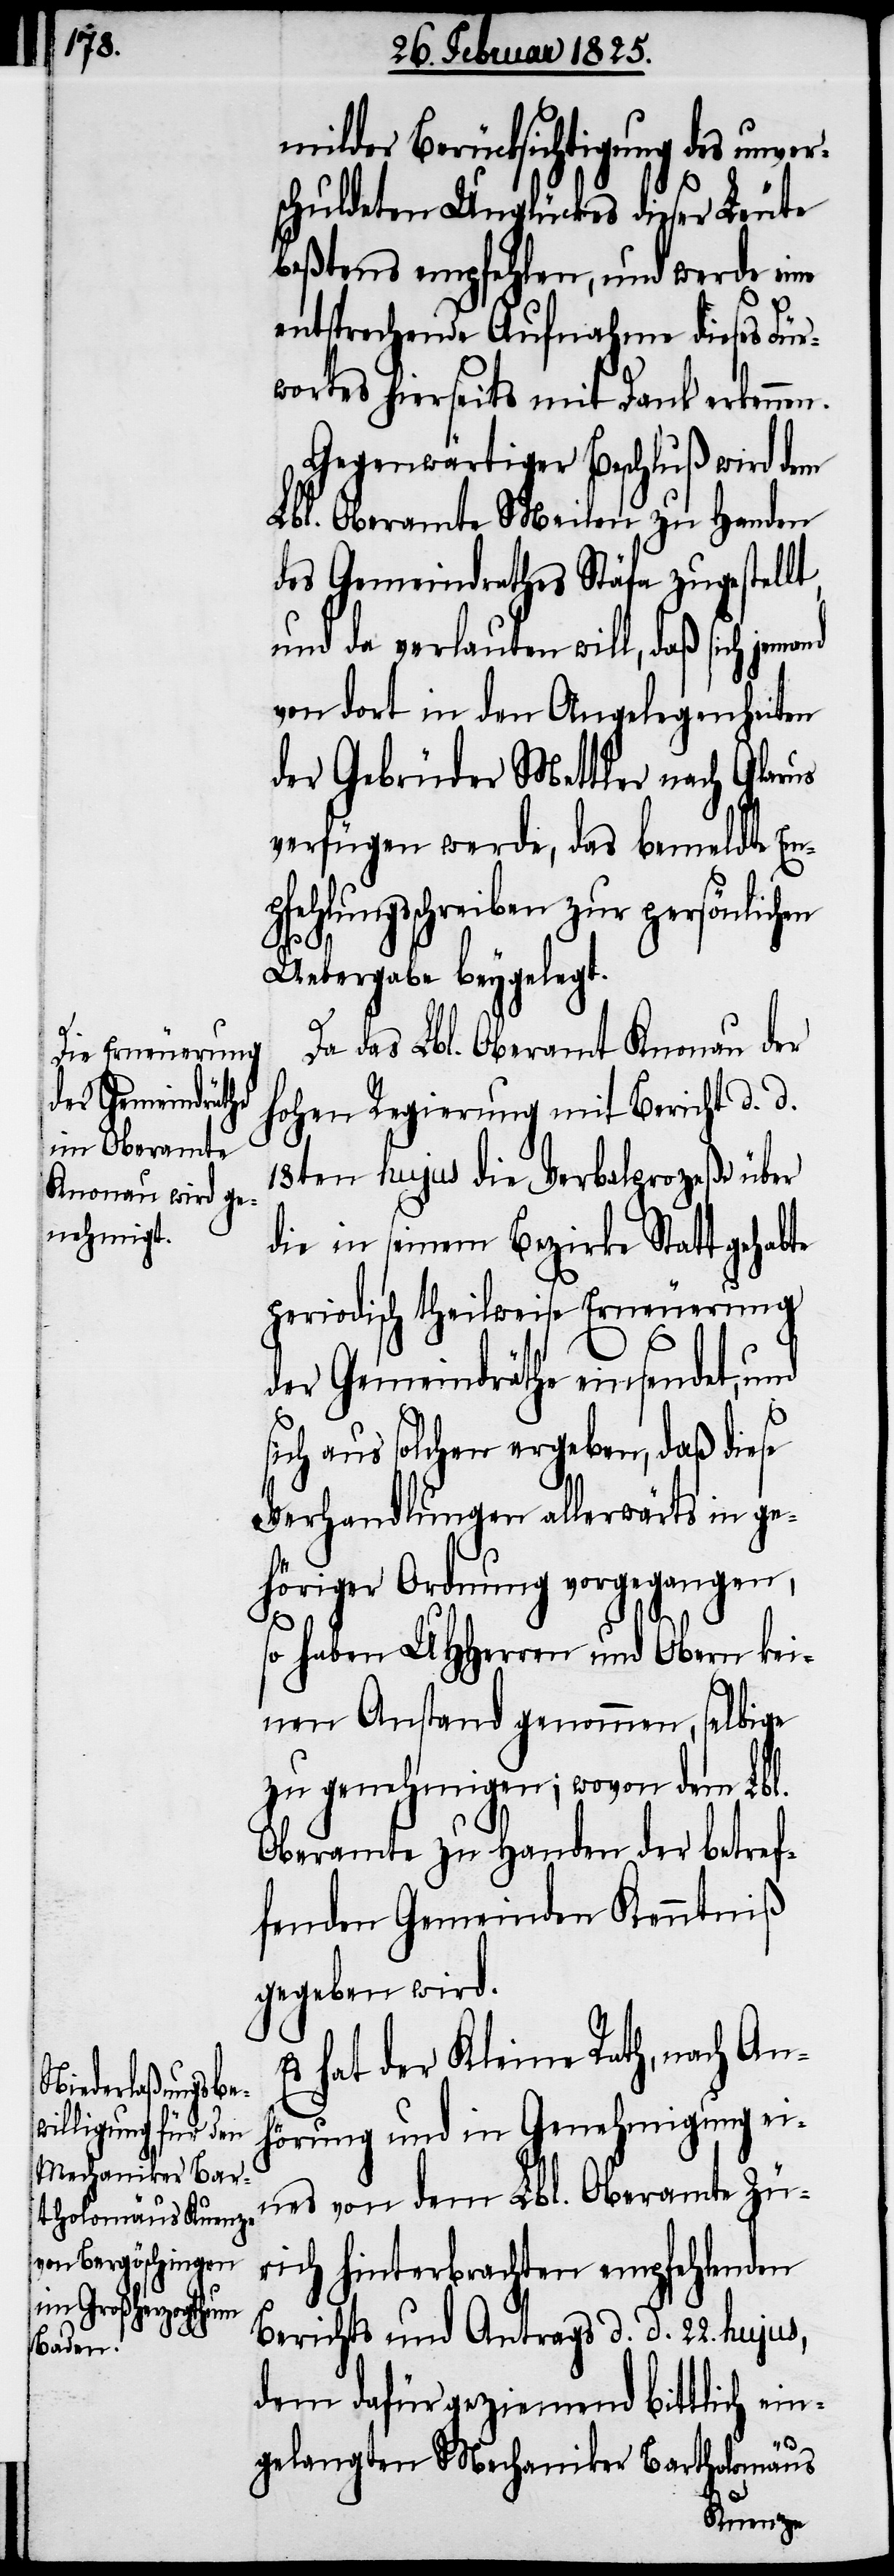
milder Berücksichtigung des unver¬
schuldeten Unglückes dieser Leute
beßtens empfehlen, und werde eine
entsprechende Aufnahme dieses Für¬
wortes hierseits mit Dank erkennen.
Gegenwärtiger Beschluß wird dem
Lbl. Oberamte Meilen zu Handen
des Gemeindrathes Stäfa zugestellt,
und da verlauten will, daß sich jem¬
von dort in den Angelegenheiten
der Gebrüder Mettler nach Glarus
verfügen werde, das bemeldte Em¬
pfehlungsschreiben zur persönlichen
s¬
Uebergabe beygelegt.
Da das Lbl. Oberamt Knonau der
hohen Regierung mit Bericht d. d.
18ten hujus die Verbalprozeße über
die in seinem Bezirke Statt gehabte
periodisch theilweise Erneuerung
der Gemeindräthe einsendet, und
ich aus solchen ergeben, daß diese
Verhandlungen allerwärts in ge¬
höriger Ordnung vorgegangen,
so haben UHHerren und Obern kei¬
nen Anstand genommen, selbige
zu genehmigen; wovon dem Lbl.
Oberamte zu Handen der betref¬
fenden Gemeinden Kenntniß
gegeben wird.
Es hat der Kleine Rath, nach An¬
hörung und in Genehmigung ei¬
nes von dem Lbl. Oberamte Zü¬
rich hinterbrachten empfehlenden
Berichts und Antrags d. d. 22. hujus,
dem dafür geziemend bittlich ein¬
gelangten Mechaniker Bartholomäus